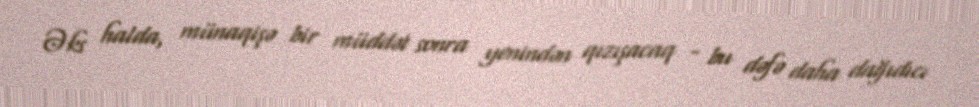
Əks halda, münaqişə bir müddət sonra yenindən qızışacaq - bu dəfə daha dağıdıcı